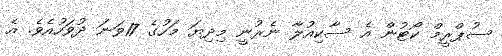
ސުޕްރީމް ކޯޓުން އެ ސާކިއުލާ ނެރުނީ މިދިޔަ މަހުގެ 17ވަނަ ދުވަހުއެވެ. އެ